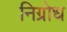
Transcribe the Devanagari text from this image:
निग्रोध